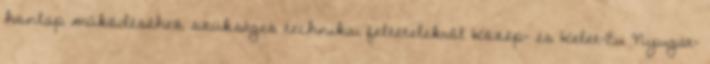
honlap működéséhez szükséges technikai feltételekről Közép- és Kelet-Eu Nyugat-